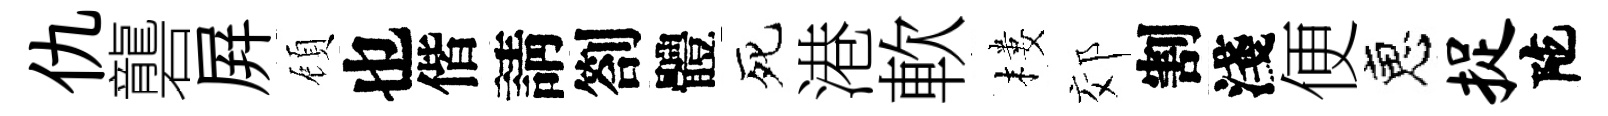
仇礱屛頋也偕請劄體死港軟樓郊割淺便恵捉陀